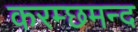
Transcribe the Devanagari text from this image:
करम्छमन्द